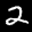
Label: 2